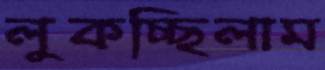
লুকচ্ছিলাম